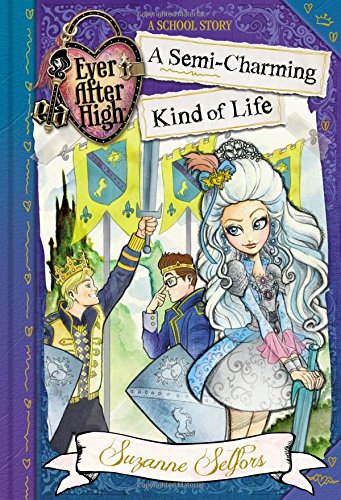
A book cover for Ever After High: A Semi-Charming Kind of Life (A School Story); Suzanne Selfors; Children's Books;